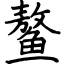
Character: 鳌